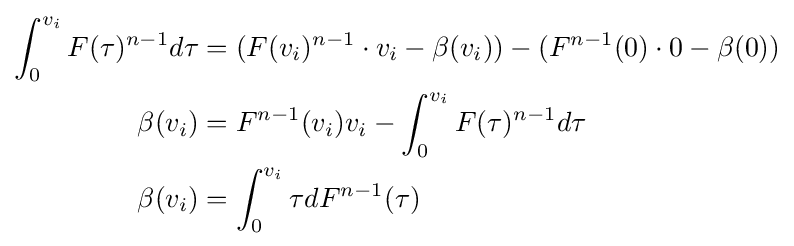
{\begin{aligned}\int _{0}^{v_{i}}F(\tau )^{n-1}d\tau &=(F(v_{i})^{n-1}\cdot v_{i}-\beta (v_{i}))-(F^{n-1}(0)\cdot 0-\beta (0))\\\beta (v_{i})&=F^{n-1}(v_{i})v_{i}-\int _{0}^{v_{i}}F(\tau )^{n-1}d\tau \\\beta (v_{i})&=\int _{0}^{v_{i}}\tau dF^{n-1}(\tau )\end{aligned}}